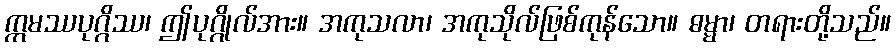
ဣမဿပုဂ္ဂိဿ၊ ဤပုဂ္ဂိုလ်အား။ အကုသလာ၊ အကုသိုလ်ဖြစ်ကုန်သော။ ဓမ္မာ၊ တရားတို့သည်။